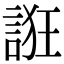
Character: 誑